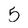
Character: 5